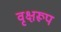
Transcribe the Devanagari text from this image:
वृक्षरूप